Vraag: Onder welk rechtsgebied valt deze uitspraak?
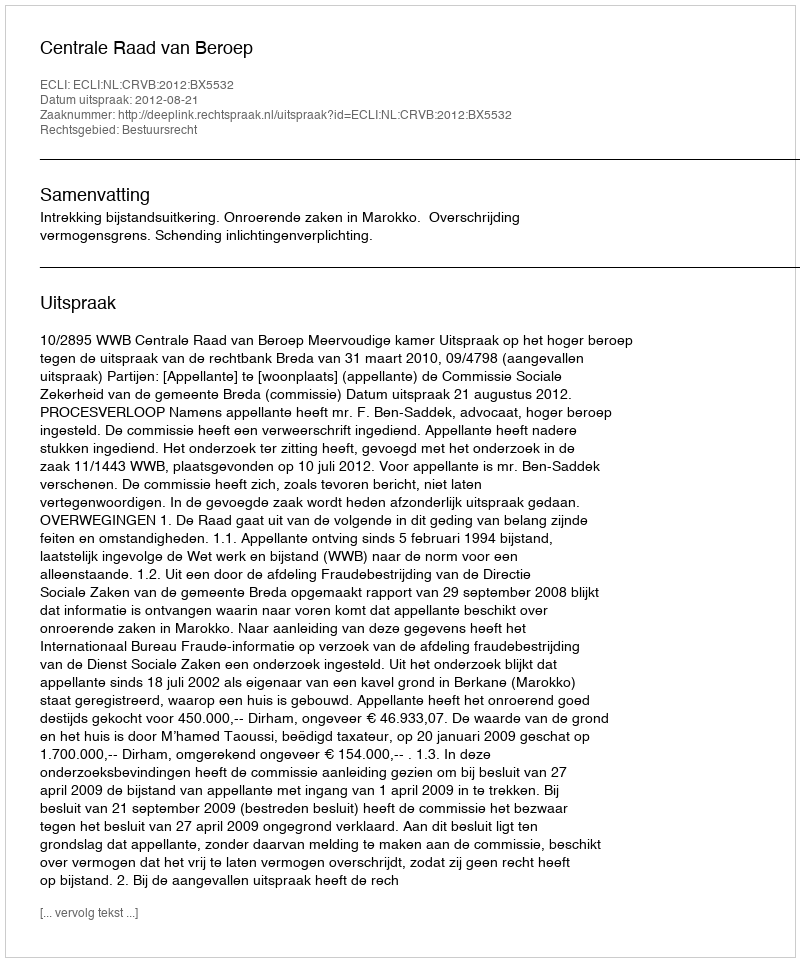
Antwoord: Bestuursrecht